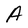
Character: A